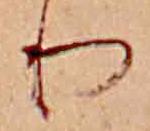
り